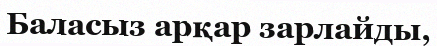
Баласыз арқар зарлайды,